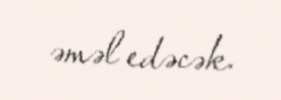
əməl edəcək.